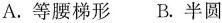
A.等腰梯形 B.半圆